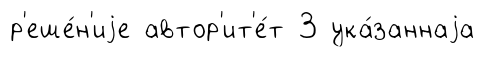
р'еше́н'иjе автор'ит'е́т 3 ука́заннаjа